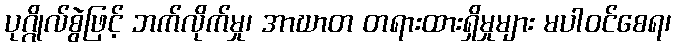
ပုဂ္ဂိုလ်စွဲဖြင့် ဘက်လိုက်မှု၊ အာဃာတ တရားထားရှိမှုများ မပါဝင်စေရ၊